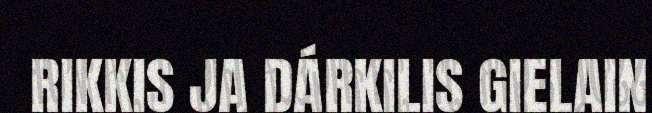
RIKKIS JA DÁRKILIS GIELAIN